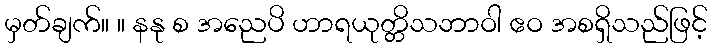
မှတ်ချက်။ ။ နနု စ အညေပိ ဟာရယုတ္တိသဘာဝါ ဧဝ အစရှိသည်ဖြင့်